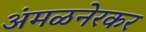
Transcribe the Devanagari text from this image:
अंमळनेरकर